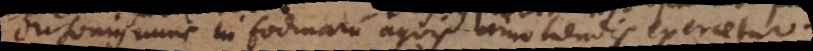
Dusonius nunc in fodinarum aquis amoliendis exercetur.